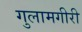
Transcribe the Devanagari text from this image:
गुलामगीरी